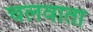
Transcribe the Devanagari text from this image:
चलवाता